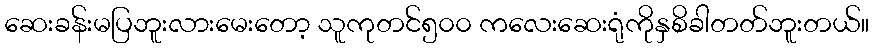
ဆေးခန်းမပြဘူးလားမေးတော့ သူကုတင်၅၀၀ ကလေးဆေးရုံကိုနှစိခါတတ်ဘူးတယ်။